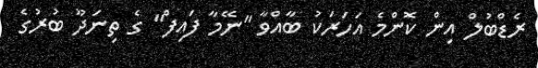
ރެޑްބުލް އިން ކޮންމެ އަހަރަކު ބާއްވާ "ނޭމާ ފައިފް" ގެ ތިނަދޫ ބުރުގެ